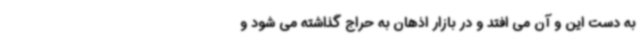
به دست این و آن می افتد و در بازار اذهان به حراج‌ گذاشته می شود و